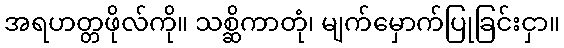
အရဟတ္တဖိုလ်ကို။ သစ္ဆိကာတုံ၊ မျက်မှောက်ပြုခြင်းငှာ။